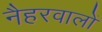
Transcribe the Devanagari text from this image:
नैहरवालों